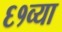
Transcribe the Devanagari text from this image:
६१व्या